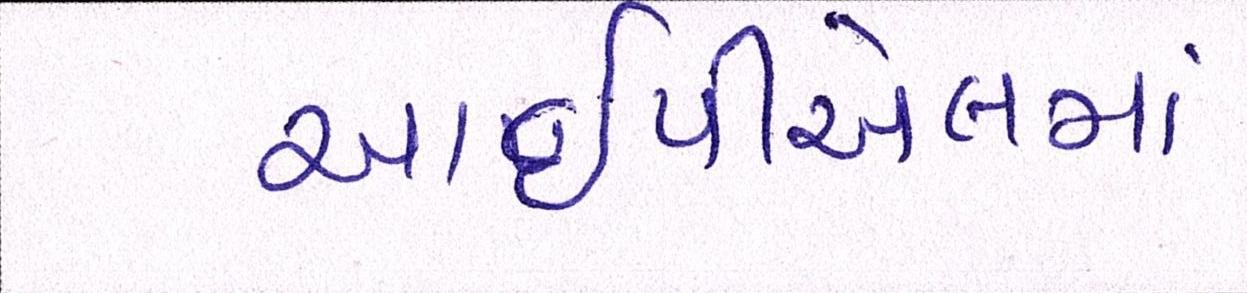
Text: આઇપીએલમાં